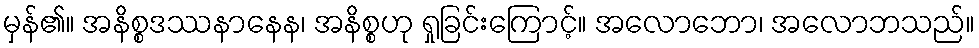
မှန်၏။ အနိစ္စဒဿနာနေန၊ အနိစ္စဟု ရှုခြင်းကြောင့်။ အလောဘော၊ အလောဘသည်။